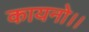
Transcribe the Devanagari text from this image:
कायनो।।